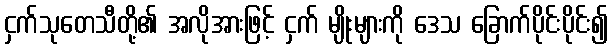
ငှက်သုတေသီတို့၏ အလိုအားဖြင့် ငှက် မျိုးများကို ဒေသ ခြောက်ပိုင်းပိုင်း၍